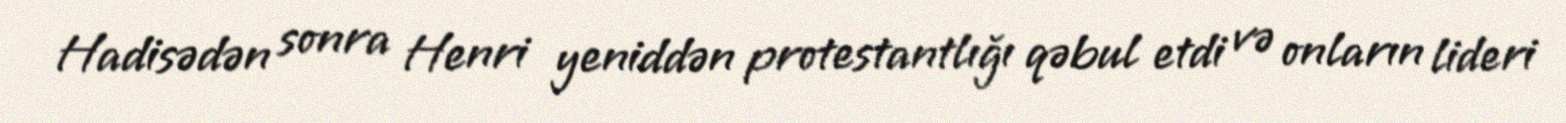
Hadisədən sonra Henri yeniddən protestantlığı qəbul etdi və onların lideri